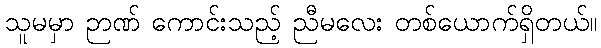
သူမမှာ ဉာဏ် ကောင်းသည့် ညီမလေး တစ်ယောက်ရှိတယ်။